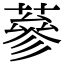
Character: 蔘